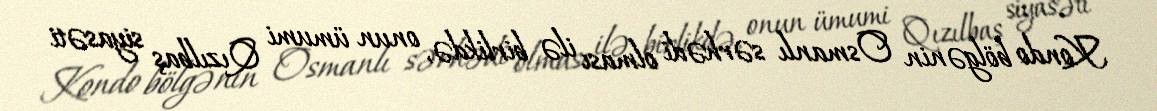
Kondo bölgənin Osmanlı sərhədi olması ilə birlikdə, onun ümumi Qızılbaş siyasəti